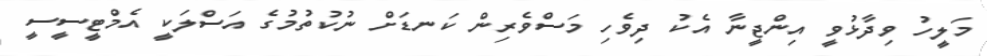
މަލީހު ވިދާޅުވީ އިންޖީނާ އެކު ދިިވެހި މަސްވެރިން ކަނޑަށް ނުކުތުމުގެ އަސްލަކީ އެމްޓީސީސީ